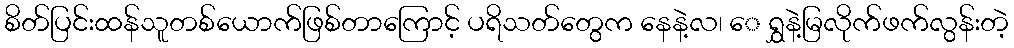
စိတ်ပြင်းထန်သူတစ်ယောက်ဖြစ်တာကြောင့် ပရိသတ်တွေက နေနဲ့လ၊ ေ ရွှနဲ့မြလိုက်ဖက်လွန်းတဲ့